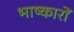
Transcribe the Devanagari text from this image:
भाष्कारों